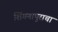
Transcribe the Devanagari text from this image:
शिंगणापुराचा